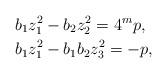
LaTeX: \begin{align*}& b_1z_1^2 - b_2z_2^2 = 4^{m}p, \\& b_1z_1^2 - b_1b_2z_3^2 = -p, \end{align*}